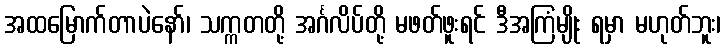
အထမြောက်တာပဲနော်၊ သက္ကတတို့ အင်္ဂလိပ်တို့ မဖတ်ဖူးရင် ဒီအကြံမျိုး ရမှာ မဟုတ်ဘူး၊